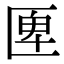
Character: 𠥉